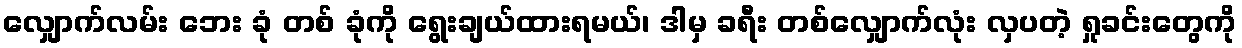
လျှောက်လမ်း ဘေး ခုံ တစ် ခုံကို ရွေးချယ်ထားရမယ်၊ ဒါမှ ခရီး တစ်လျှောက်လုံး လှပတဲ့ ရှုခင်းတွေကို